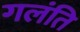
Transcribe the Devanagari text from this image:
गलंति